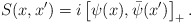
\begin{align*}S(x,x^{\prime })=i\left[ \psi (x),\bar{\psi}(x^{\prime })\right] _{+}.\end{align*}